Lunatic asylums Punjab 1895-1910 - 1895-1910
Year: 1895
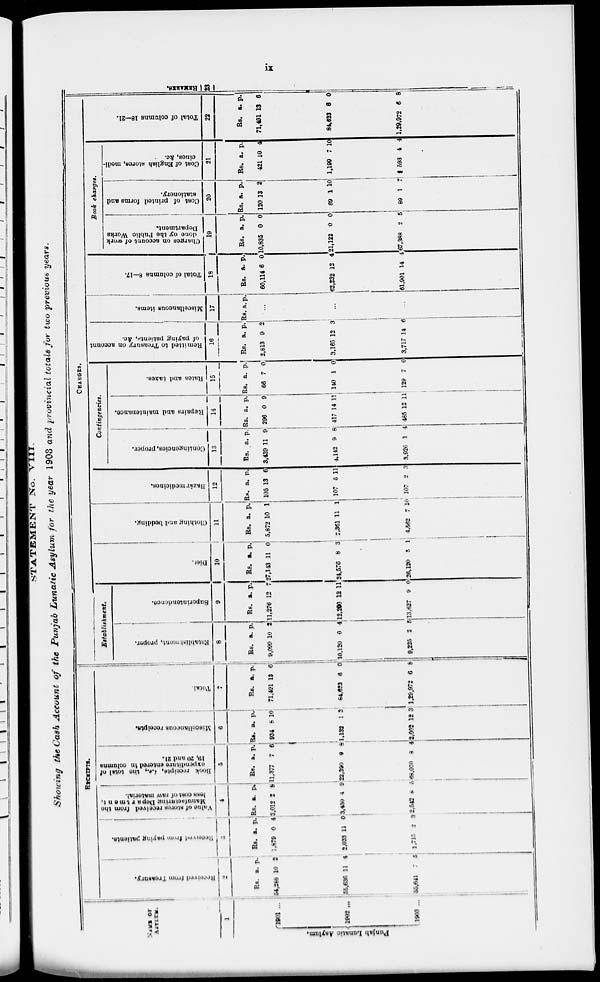
ix
STATEMENT No. VIII.
Showing the Cash Account of the Punjab Lunatic Asylum for the year 1903 and provincial totals for two previous years.
NAME OF
ASYLUM.
1
Punjab Lunatic
Asylum.
1901 ...
1902 ...
1903 ...
RECEIPTS.
Received
from Treasury.
2
Rs.
54,288
55,636
55,641
a.
10
11
7
p.
2
4
5
Received
from paying patients.
3
Rs.
1,879
2,033
1,715
a.
0
11
2
p.
4
0
3
Value of stores received from the
Manufcturing Department,
less cost of raw matorial.
4
Rs.
3,012
3,430
2,542
a.
2
4
8
p.
8
9
5
Book receipts, &c., the total of
expenditnre
entered in columns
10, 20 and 21.
5
Rs.
11,377
22,390
68,070
a.
7
9
8
p.
6
6
4
Miscellaneous receipts.
6
Rs.
934
1,132
2,002
a.
8
1
12
p.
10
3
23
Total.
7
Rs.
71,491
84,623
1,29.972
a.
13
6
6
p.
6
0
8
CHARGES.
Establishment.
Establishment, proper.
8
Rs.
9,099
10,120
9,225
a.
10
0
2
p.
2
4
5
Superintendence.
9
Rs.
11,276
12,200
13,627
a.
12
12
9
p.
7
11
0
Diet.
10
Rs.
27,143
24,576
26,120
a.
11
8
5
p.
0
3
1
Clothing and bedding.
11
Rs.
5,872
7,361
4,562
a.
10
11
7
p.
1
1
10
Bazár medicines.
12
Rs.
105
107
107
a.
13
5
2
p.
6
11
3
Contingencies.
Contingencies, proper.
13
Rs.
3,439
4,142
3,926
a.
11
9
1
p.
9
8
4
Repairs and maintenance.
14
Rs.
296
417
485
a.
0
14
12
p.
9
11
11
Rates and taxes.
15
Rs.
66
140
129
a.
7
1
7
p.
0
0
0
Remitted to Treasury on account
of paying patients, &c.
16
Rs.
2,813
3,165
3,717
a.
9
12
14
p.
2
3
6
Miscellaneous items.
17
Rs. a p.
...
...
...
Total of columns 8—17.
18
Rs.
60,114
62,232
61,901
a.
6
12
14
p.
0
4
4
Book charges.
Charges on account of work
done by the Public Works
Department.
19
Rs.
10,835
21,122
67,388
a.
0
0
2
p.
0
0
5
Cost of printed forms and
stationery.
20
Rs.
120
69
89
a.
13
1
1
p.
2
10
7
Cost of English stores, medi-
cines, &c.
21
Rs.
421
1,199
1,593
a.
10
7
4
p.
4
10
4
Total of columns 18—21.
22
Rs.
71,491
84,623
1,29,972
a.
13
6
6
p.
6
0
8
REMARKS.
23